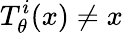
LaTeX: T_{\theta}^{i}(x)\neq x